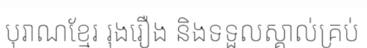
បុរាណខ្មែរ រុងរឿង និងទទួលស្គាល់គ្រប់